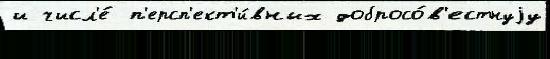
и числ'е́ п'ерсп'ект'и́вных добросо́в'естнуjу